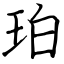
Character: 珀